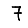
Digit: 7